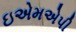
ઇએમએપી